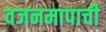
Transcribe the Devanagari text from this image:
वजनमापाची